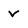
Character: V